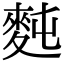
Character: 𪌋